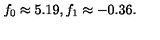
f _ { 0 } \approx 5 . 1 9 , f _ { 1 } \approx - 0 . 3 6 .